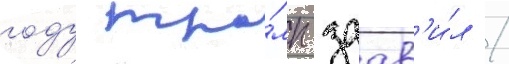
году тра́мп заав'и́л /